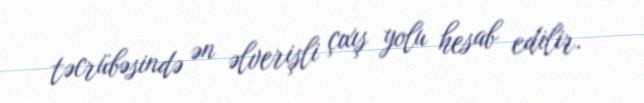
təcrübəsində ən əlverişli çıxış yolu hesab edilir.